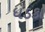
ધડકા